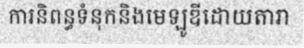
ការនិពន្ធទំនុកនិងមេឡូឌីដោយតារា